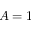
A = 1